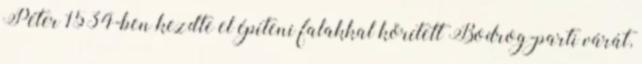
Péter 1534-ben kezdte el építeni falakkal körített Bodrog-parti várát,